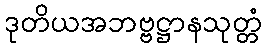
ဒုတိယအဘဗ္ဗဋ္ဌာနသုတ္တံ